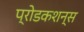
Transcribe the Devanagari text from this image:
प्रोडकशन्स